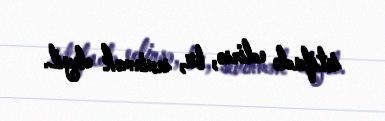
istifadə edirsə, bu, sevinmək deyil.